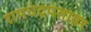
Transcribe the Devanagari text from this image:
रामचंद्रपंतावर